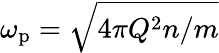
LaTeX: \omega_{\mathrm{p}}=\sqrt{4\pi Q^{2}n/m}